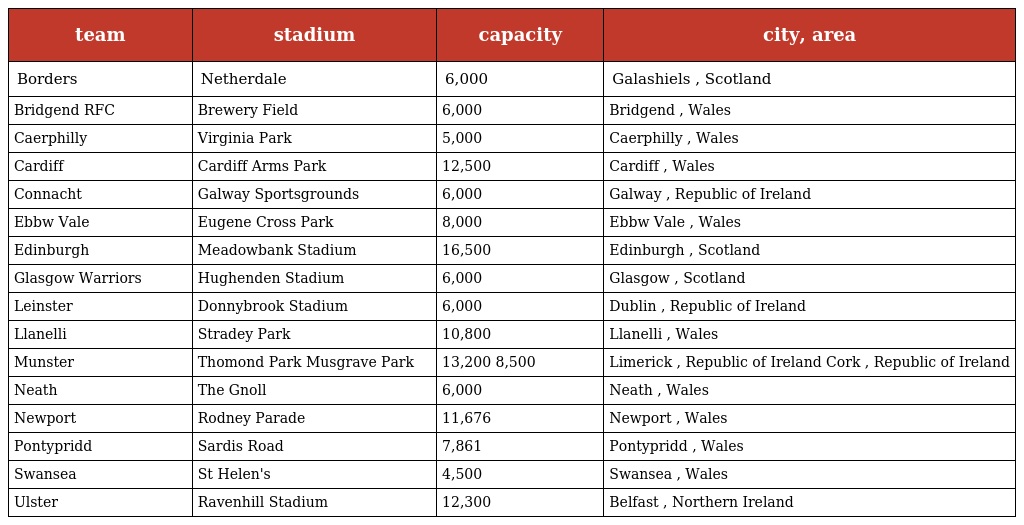
| team | stadium | capacity | city, area |
 | --- | --- | --- | --- |
 | Borders | Netherdale | 6,000 | Galashiels , Scotland |
 | Bridgend RFC | Brewery Field | 6,000 | Bridgend , Wales |
 | Caerphilly | Virginia Park | 5,000 | Caerphilly , Wales |
 | Cardiff | Cardiff Arms Park | 12,500 | Cardiff , Wales |
 | Connacht | Galway Sportsgrounds | 6,000 | Galway , Republic of Ireland |
 | Ebbw Vale | Eugene Cross Park | 8,000 | Ebbw Vale , Wales |
 | Edinburgh | Meadowbank Stadium | 16,500 | Edinburgh , Scotland |
 | Glasgow Warriors | Hughenden Stadium | 6,000 | Glasgow , Scotland |
 | Leinster | Donnybrook Stadium | 6,000 | Dublin , Republic of Ireland |
 | Llanelli | Stradey Park | 10,800 | Llanelli , Wales |
 | Munster | Thomond Park Musgrave Park | 13,200 8,500 | Limerick , Republic of Ireland Cork , Republic of Ireland |
 | Neath | The Gnoll | 6,000 | Neath , Wales |
 | Newport | Rodney Parade | 11,676 | Newport , Wales |
 | Pontypridd | Sardis Road | 7,861 | Pontypridd , Wales |
 | Swansea | St Helen's | 4,500 | Swansea , Wales |
 | Ulster | Ravenhill Stadium | 12,300 | Belfast , Northern Ireland |